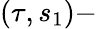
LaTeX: (\tau,s_{1})-